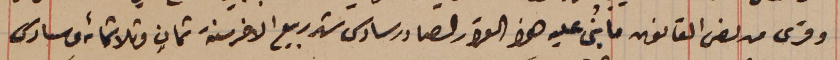
وقرى من نص القانون ما بُنى عليه هذا القرار الصادر سادس شهر ربيع الاخر سنة ثمانٍ وثلاثمائه من سادس